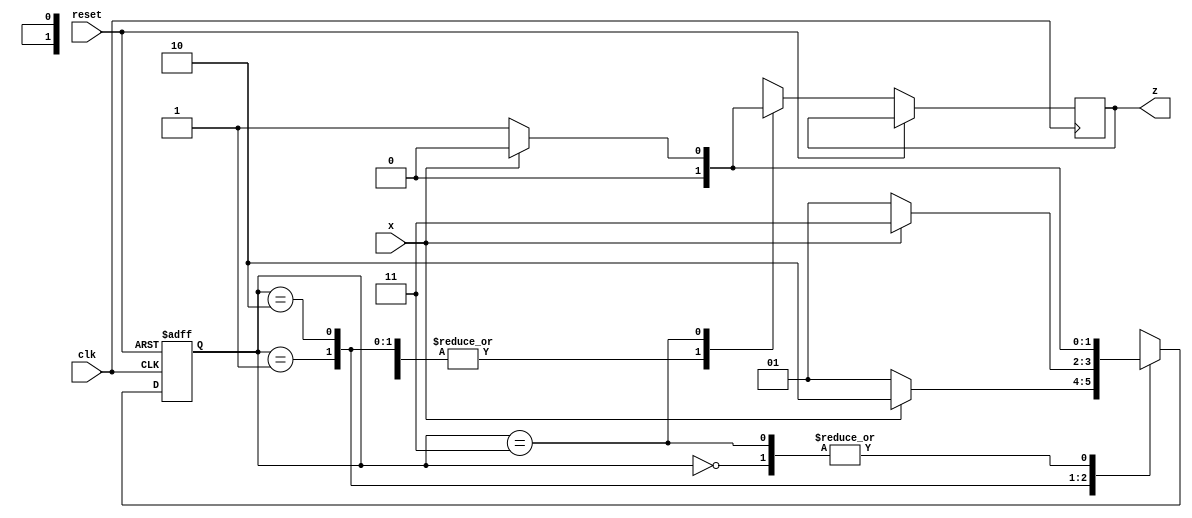
module seqDec (z,x,clk,reset);
	input x,clk,reset;
	output reg z;
	reg [1:0] state;
	parameter S0=0,S1=1,S2=2,S3=3;

	always @(posedge clk or posedge reset) begin
		if (reset) state = S0;
		else case (state)
			S0 : begin state = x ? S0 : S1; z = 0; end
			S1 : begin state = x ? S2 : S1; z = 0; end
			S2 : begin state = x ? S3 : S1; z = 0; end
			S3 : begin
				state = x ? S0 : S1;
				if (~x) z = 1;
				else z = 0;
			end
			default : begin state = S0; z = 0; end
		endcase
	end
endmodule

module testbench;
	integer i;
	wire z;
	reg x,clk,reset;
	reg [31:0] constant;
	seqDec DUT (z,x,clk,reset);

	initial begin
		clk = 0;
		reset = 0;
		constant = 32'b01101100111000101101001110101010;
		#1 reset = 1;
		#1 reset = 0;
		for (i=0;i<32;i=i+1)	begin
			x = constant[i]; #10
			$display ($time," : const=%b : i=%2d : x=%b : z = %b",constant,i,x,z);
		end
	end

	always #5 clk = ~clk;

	initial begin
		$dumpfile ("waveform.vcd");
		$dumpvars (0,testbench);
	end

	initial #1000 $finish;
endmodule